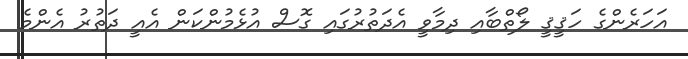
އަހަރެންގެ ހަޤީޤީ ލޯތްބާއި ދިމާވީ އެދަތުރުގައި ގޮސް އުޅެމުންކަން އެއީ ދަތުރު އެންމެ